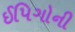
ઈપિગોની